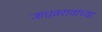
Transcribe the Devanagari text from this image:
जाधवरावांच्या